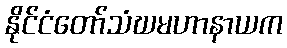
နိုင်ငံတော်သံဃမဟာနာယက